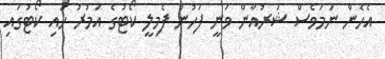
އެހެން ނަމަވެސް ޝަރުއާން ވަނީ ފަހުން ފެމިލީ ކޯޓުގެ އަމުރު ހައި ކޯޓުގައި